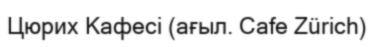
Цюрих Кафесі (ағыл. Cafe Zürich)